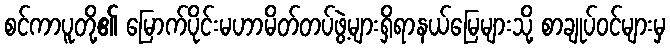
စင်ကာပူတို့၏ မြောက်ပိုင်းမဟာမိတ်တပ်ဖွဲ့များရှိရာနယ်မြေများသို့ စာချုပ်ဝင်များမှ